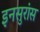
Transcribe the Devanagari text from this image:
इनसुरांस